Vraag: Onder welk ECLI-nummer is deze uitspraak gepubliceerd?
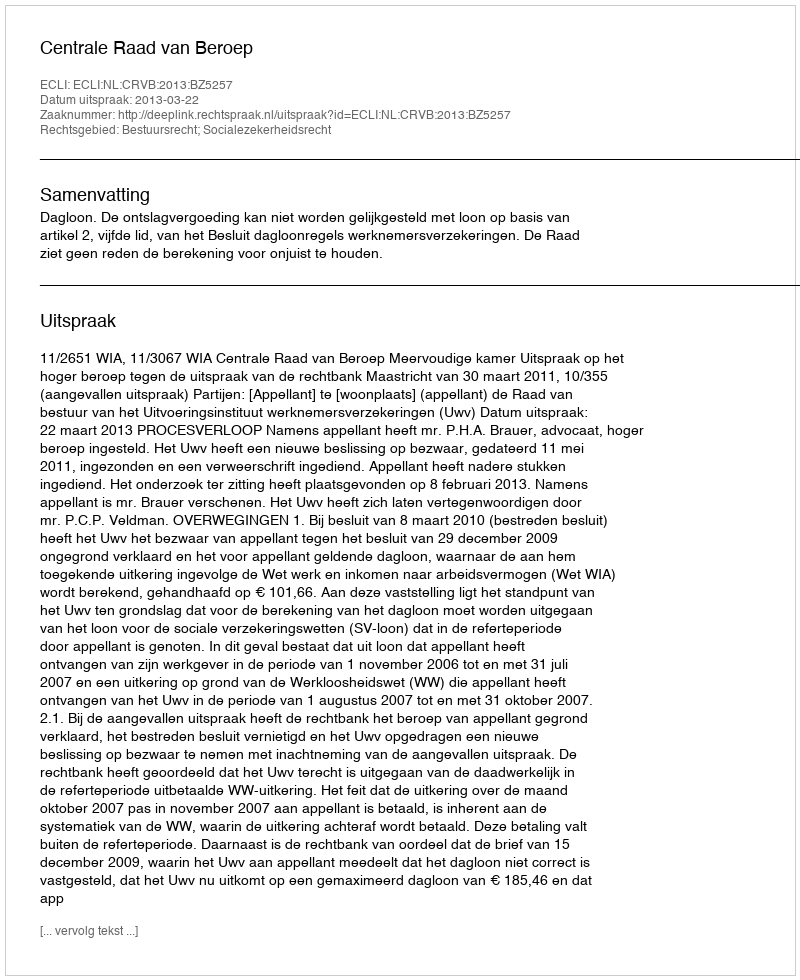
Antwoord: ECLI:NL:CRVB:2013:BZ5257